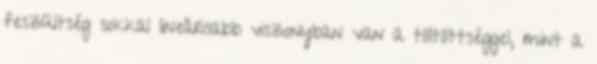
feszültség sokkal lineárisabb viszonyban van a töltöttséggel, mint a